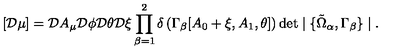
[ { \cal D } \mu ] = { \cal D } A _ { \mu } { \cal D } \phi { \cal D } \theta { \cal D } \xi \prod _ { \beta = 1 } ^ { 2 } \delta \left( \Gamma _ { \beta } [ A _ { 0 } + \xi , A _ { 1 } , \theta ] \right) \det \mid \{ \tilde { \Omega } _ { \alpha } , \Gamma _ { \beta } \} \mid .